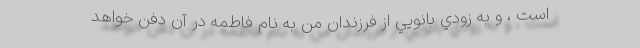
است ، و به زودي بانويي از فرزندان من به نام فاطمه در آن دفن خواهد